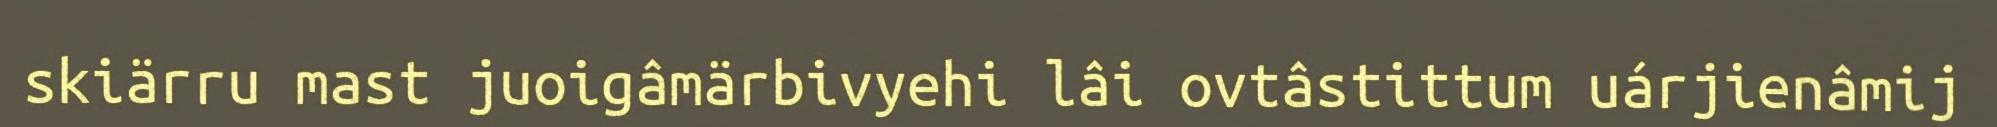
skiärru mast juoigâmärbivyehi lâi ovtâstittum uárjienâmij